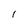
Character: I